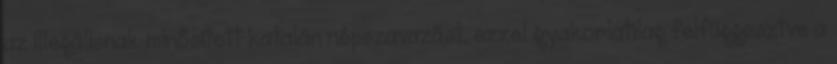
az illegálisnak minősített katalán népszavazást, ezzel gyakorlatilag felfüggesztve a